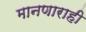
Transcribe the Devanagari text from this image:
मानणाराही